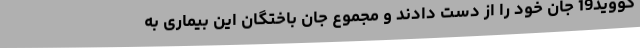
کووید19 جان خود را از دست دادند و مجموع جان باختگان این بیماری به